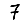
Digit: 7